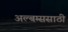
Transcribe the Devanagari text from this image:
अल्बम्ससाठी